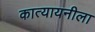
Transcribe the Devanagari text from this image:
कात्यायनीला